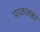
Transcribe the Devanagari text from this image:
पाळजकर